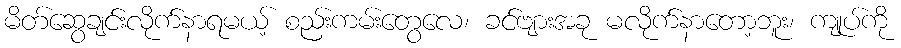
မိတ်ဆွေချင်းလိုက်နာရမယ့် စည်းကမ်းတွေလေ၊ ခင်ဗျားအခု မလိုက်နာတော့ဘူး၊ ကျုပ်ကို